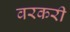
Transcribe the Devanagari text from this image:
वरकरी